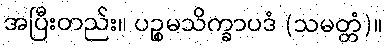
အပြီးတည်း။ ပဉ္စမသိက္ခာပဒံ (သမတ္တံ)။